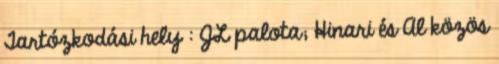
Tartózkodási hely : JL palota; Hinari és Al közös